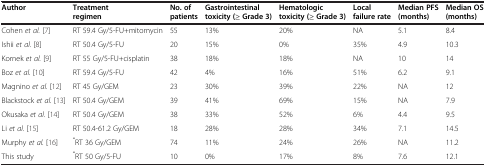
<table><thead><tr><td><b>Author</b></td><td><b>Treatment regimen</b></td><td><b>No. of patients</b></td><td><b>Gastrointestinal toxicity (≥ Grade 3)</b></td><td><b>Hematologic toxicity (≥ Grade 3)</b></td><td><b>Local failure rate</b></td><td><b>Median PFS (months)</b></td><td><b>Median OS (months)</b></td></tr></thead><tbody><tr><td>Cohen <i>et al.</i>[7]</td><td>RT 59.4 Gy/5-FU+mitomycin</td><td>55</td><td>13%</td><td>20%</td><td>NA</td><td>5.1</td><td>8.4</td></tr><tr><td>Ishii <i>et al.</i>[8]</td><td>RT 50.4 Gy/5-FU</td><td>20</td><td>15%</td><td>0%</td><td>35%</td><td>4.9</td><td>10.3</td></tr><tr><td>Kornek <i>et al.</i>[9]</td><td>RT 55 Gy/5-FU+cisplatin</td><td>38</td><td>18%</td><td>18%</td><td>NA</td><td>10</td><td>14</td></tr><tr><td>Boz <i>et al.</i>[10]</td><td>RT 59.4 Gy/5-FU</td><td>42</td><td>4%</td><td>16%</td><td>51%</td><td>6.2</td><td>9.1</td></tr><tr><td>Magnino <i>et al.</i>[12]</td><td>RT 45 Gy/GEM</td><td>23</td><td>30%</td><td>39%</td><td>22%</td><td>NA</td><td>12</td></tr><tr><td>Blackstock <i>et al.</i>[13]</td><td>RT 50.4 Gy/GEM</td><td>39</td><td>41%</td><td>69%</td><td>15%</td><td>NA</td><td>7.9</td></tr><tr><td>Okusaka <i>et al.</i>[14]</td><td>RT 50.4 Gy/GEM</td><td>38</td><td>33%</td><td>52%</td><td>6%</td><td>4.4</td><td>9.5</td></tr><tr><td>Li <i>et al.</i>[15]</td><td>RT 50.4-61.2 Gy/GEM</td><td>18</td><td>28%</td><td>28%</td><td>34%</td><td>7.1</td><td>14.5</td></tr><tr><td>Murphy <i>et al.</i>[16]</td><td><sup>*</sup>RT 36 Gy/GEM</td><td>74</td><td>11%</td><td>24%</td><td>26%</td><td>NA</td><td>11.2</td></tr><tr><td>This study</td><td><sup>*</sup>RT 50 Gy/5-FU</td><td>10</td><td>0%</td><td>17%</td><td>8%</td><td>7.6</td><td>12.1</td></tr></tbody></table>